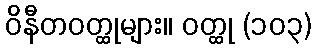
ဝိနီတဝတ္ထုများ။ ဝတ္ထု (၁၀၃)